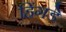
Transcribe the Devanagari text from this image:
हिंगडे